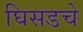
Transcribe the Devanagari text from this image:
घिसडचे